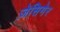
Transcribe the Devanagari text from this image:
ज़ेसिगेर